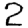
Digit: 2